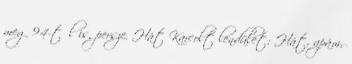
meg 94-től is, persze. Hát Karcolt lendület: Hát, apám,